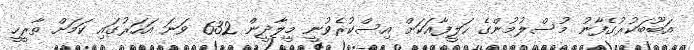
އަބޫބަކުރުގެފާނު މުސްލުމުންގެ ހަލީފާއަކަށް އިސްކުރެވުނީ މީލާދީން 632 ވަނަ އަހަރުގައި ކަމަށް ތާރީހީ